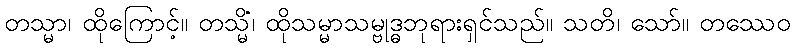
တသ္မာ၊ ထိုကြောင့်။ တသ္မိံ၊ ထိုသမ္မာသမ္ဗုဒ္ဓဘုရားရှင်သည်။ သတိ၊ သော်။ တဿေဝ